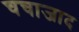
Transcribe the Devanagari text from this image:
चचाजाद